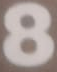
8